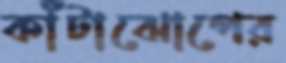
কাঁটাঝোপের